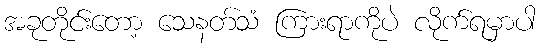
အခုတိုင်းတော့ သေနတ်သံ ကြားရာကိုပဲ လိုက်ရမှာပါ